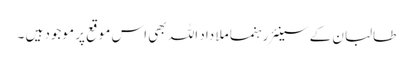
طالبان کے سینئر رہنما ملا داد اللہ بھی اس موقع پر موجود ہیں ۔